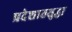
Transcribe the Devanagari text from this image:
प्रदेशातसुद्धा